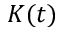
K ( t )